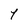
Character: Y